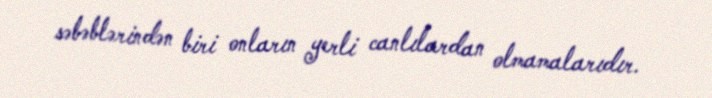
səbəblərindən biri onların yerli canlılardan olmamalarıdır.